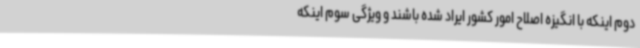
دوم اینکه با انگیزه اصلاح امور کشور ایراد شده باشند و ویژگی سوم اینکه